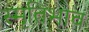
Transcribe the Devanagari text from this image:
स्मृतिभाव